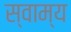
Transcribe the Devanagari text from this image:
स्वाम्य